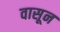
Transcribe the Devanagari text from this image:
वासून